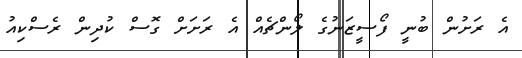
އެ ރަށުން ބުނީ ފޯސީޒަނުގެ ލޯންޗެއް އެ ރަށަށް ގޮސް ކުދިން ރެސްކިއު